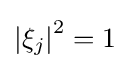
\left|\xi _{j}\right|^{2}=1